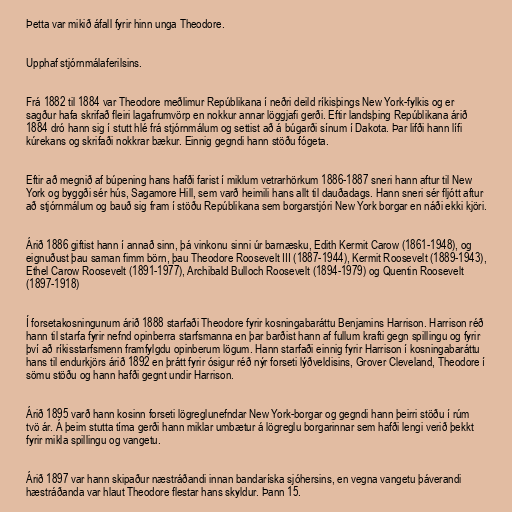
Þetta var mikið áfall fyrir hinn unga Theodore.

Upphaf stjórnmálaferilsins.

Frá 1882 til 1884 var Theodore meðlimur Repúblikana í neðri deild ríkisþings New York-fylkis og er
sagður hafa skrifað fleiri lagafrumvörp en nokkur annar löggjafi gerði. Eftir landsþing Repúblikana árið
1884 dró hann sig í stutt hlé frá stjórnmálum og settist að á búgarði sínum í Dakota. Þar lifði hann lífi
kúrekans og skrifaði nokkrar bækur. Einnig gegndi hann stöðu fógeta.

Eftir að megnið af búpening hans hafði farist í miklum vetrarhörkum 1886-1887 sneri hann aftur til New
York og byggði sér hús, Sagamore Hill, sem varð heimili hans allt til dauðadags. Hann sneri sér fljótt aftur
að stjórnmálum og bauð sig fram í stöðu Repúblikana sem borgarstjóri New York borgar en náði ekki kjöri.

Árið 1886 giftist hann í annað sinn, þá vinkonu sinni úr barnæsku, Edith Kermit Carow (1861-1948), og
eignuðust þau saman fimm börn, þau Theodore Roosevelt III (1887-1944), Kermit Roosevelt (1889-1943),
Ethel Carow Roosevelt (1891-1977), Archibald Bulloch Roosevelt (1894-1979) og Quentin Roosevelt
(1897-1918)

Í forsetakosningunum árið 1888 starfaði Theodore fyrir kosningabaráttu Benjamins Harrison. Harrison réð
hann til starfa fyrir nefnd opinberra starfsmanna en þar barðist hann af fullum krafti gegn spillingu og fyrir
því að ríkisstarfsmenn framfylgdu opinberum lögum. Hann starfaði einnig fyrir Harrison í kosningabaráttu
hans til endurkjörs árið 1892 en þrátt fyrir ósigur réð nýr forseti lýðveldisins, Grover Cleveland, Theodore í
sömu stöðu og hann hafði gegnt undir Harrison.

Árið 1895 varð hann kosinn forseti lögreglunefndar New York-borgar og gegndi hann þeirri stöðu í rúm
tvö ár. Á þeim stutta tíma gerði hann miklar umbætur á lögreglu borgarinnar sem hafði lengi verið þekkt
fyrir mikla spillingu og vangetu.

Árið 1897 var hann skipaður næstráðandi innan bandaríska sjóhersins, en vegna vangetu þáverandi
hæstráðanda var hlaut Theodore flestar hans skyldur. Þann 15.